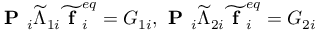
\textbf { P } _ { i } \widetilde { \Lambda } _ { 1 i } \widetilde { \textbf { f } } _ { i } ^ { e q } = G _ { 1 i } , \textbf { P } _ { i } \widetilde { \Lambda } _ { 2 i } \widetilde { \textbf { f } } _ { i } ^ { e q } = G _ { 2 i }